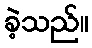
ခဲ့သည်။